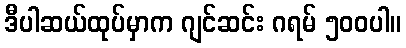
ဒီပါဆယ်ထုပ်မှာက ဂျင်ဆင်း ဂရမ် ၅၀၀ပါ။